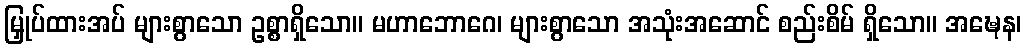
မြှုပ်ထားအပ် များစွာသော ဥစ္စာရှိသော။ မဟာဘောဂေ၊ များစွာသော အသုံးအဆောင် စည်းစိမ် ရှိသော။ အဍ္ဎေန၊